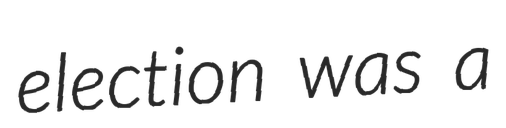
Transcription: election was a